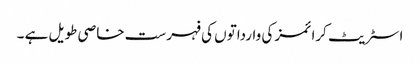
اسٹریٹ کرائمز کی وارداتوں کی فہرست خاصی طویل ہے ۔